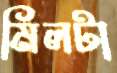
মিলটা